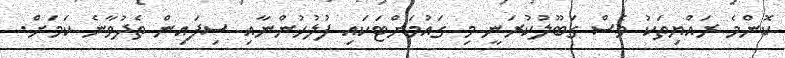
ކޮންމެ ރައްޔިތަކު ވެސް ގަބޫލުކުރަނީ މި ގައުމަށްޓަކައި ފުލުހުންނާއި ސިފައިން ތެދުވާނެ ކަމަށް.